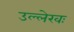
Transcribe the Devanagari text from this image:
उल्लेखः